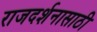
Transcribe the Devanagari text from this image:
राजदर्शनासाठी